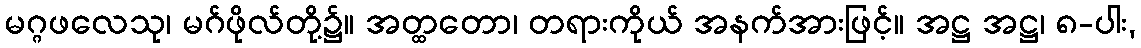
မဂ္ဂဖလေသု၊ မဂ်ဖိုလ်တို့၌။ အတ္ထတော၊ တရားကိုယ် အနက်အားဖြင့်။ အဋ္ဌ အဋ္ဌ၊ ၈-ပါး,